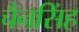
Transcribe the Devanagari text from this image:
चैनसिंह